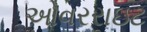
ઓવરરાઇટ